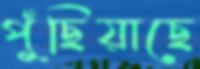
পুঁছিয়াছে